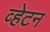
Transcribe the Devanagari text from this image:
व्हेटन